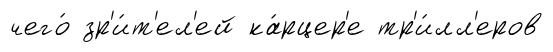
чего́ зр'и́т'ел'ей ка́рцер'е тр'и́лл'еров